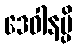
ဒေဝါနမ္ပိ